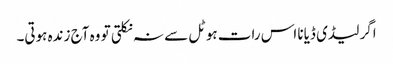
اگر لیڈی ڈیانا اس رات ہوٹل سے نہ نکلتی تو وہ آج زندہ ہوتی۔